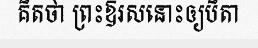
គិតថា ព្រះឱរសនោះឲ្យបិតា